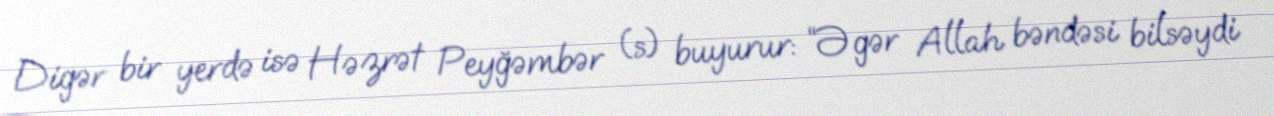
Digər bir yerdə isə Həzrət Peyğəmbər (s) buyurur: “Əgər Allah bəndəsi bilsəydi